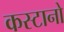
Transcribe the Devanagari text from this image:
कस्टानो